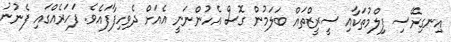
އިނގިރޭސި ފިލްމުތަކާއި ސީރީޒްތައް ބަލަމުން ގޮސް އެހުންނަނީ އެއަށް ދެވިހިފާފައެވެ. ފަހަރެއްގައި ފެނުނު